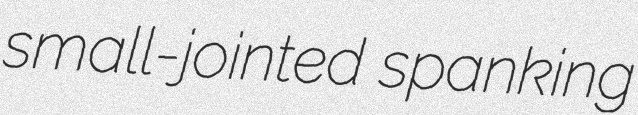
small-jointed spanking